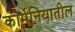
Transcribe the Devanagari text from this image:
कार्मेनियातील